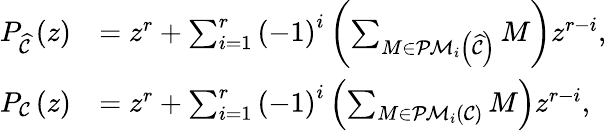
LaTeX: \begin{array}{rl}{P_{\widehat{\mathcal{C}}}\left(z\right)}&{=z^{r}+\sum_{i=1}^{r}\left(-1\right)^{i}\left(\sum_{M\in\mathcal{PM}_{i}\left(\widehat{\mathcal{C}}\right)}M\right)z^{r-i},}\\ {P_{\mathcal{C}}\left(z\right)}&{=z^{r}+\sum_{i=1}^{r}\left(-1\right)^{i}\left(\sum_{M\in\mathcal{PM}_{i}\left(\mathcal{C}\right)}M\right)z^{r-i},}\end{array}